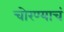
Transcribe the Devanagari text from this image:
चोरण्याचं